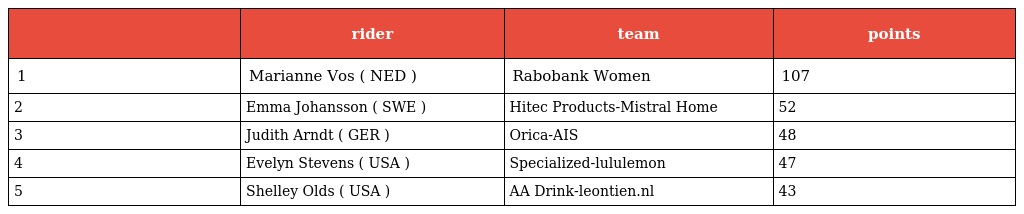
|  | rider | team | points |
 | --- | --- | --- | --- |
 | 1 | Marianne Vos ( NED ) | Rabobank Women | 107 |
 | 2 | Emma Johansson ( SWE ) | Hitec Products-Mistral Home | 52 |
 | 3 | Judith Arndt ( GER ) | Orica-AIS | 48 |
 | 4 | Evelyn Stevens ( USA ) | Specialized-lululemon | 47 |
 | 5 | Shelley Olds ( USA ) | AA Drink-leontien.nl | 43 |